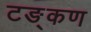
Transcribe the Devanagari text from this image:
टङ्कण